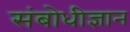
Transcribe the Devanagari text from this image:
संबोधीज्ञान